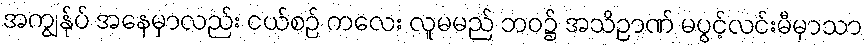
အကျွန်ုပ် အနေမှာလည်း ငယ်စဉ် ကလေး လူမမည် ဘဝ၌ အသိဉာဏ် မပွင့်လင်းမီမှာသာ